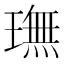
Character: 璑